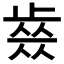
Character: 𣦊